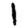
Digit: 1